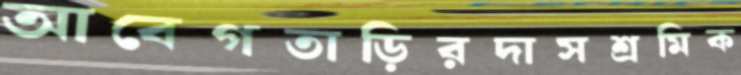
আবেগতাড়িরদাসশ্রমিক